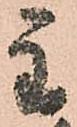
主